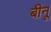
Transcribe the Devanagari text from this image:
बीनू